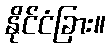
နိုင်ငံခြား။